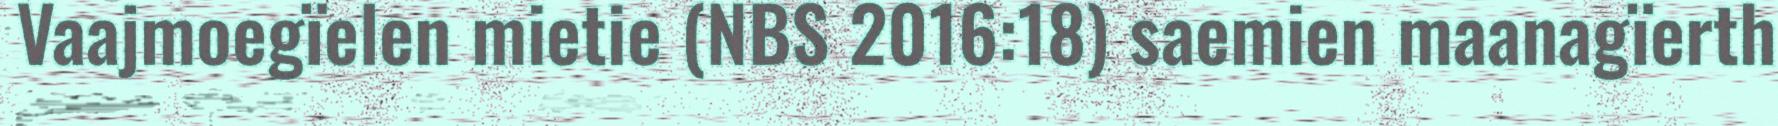
Vaajmoegïelen mietie (NBS 2016:18) saemien maanagïerth